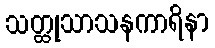
သတ္ထုသာသနကာရိနာ